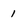
Character: 1